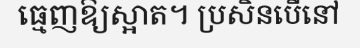
ធ្មេញឱ្យស្អាត។ ប្រសិនបើនៅ